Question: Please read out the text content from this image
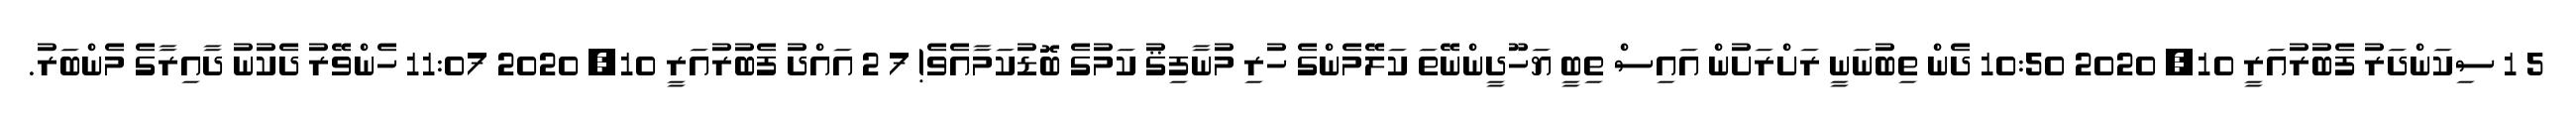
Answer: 5 1 ސިކަންދަރު ފެބުރުއަރީ 10, 2020 10:50 ދެން ތިބުނަނީ ރަށްރަށުން އައިސް ތިބީ ޔަހޫދީންނޭތަ ކަލޭމެންގެ ހުރި މުނާފިޤު ކަމުގެ ބޮޑުކަމާއެވެ! 7 2 އައްދު ފެބުރުއަރީ 10, 2020 11:07 ހެންވޭރު ދެކުނު ދާއިރާގެ މެންބަރު.